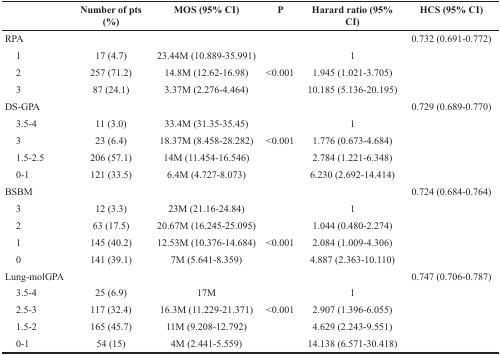
<table><thead><tr><td></td><td><b>Number of pts (%)</b></td><td><b>MOS (95% CI)</b></td><td><b>P</b></td><td><b>Harard ratio (95% CI)</b></td><td><b>HCS (95% CI)</b></td></tr></thead><tbody><tr><td>RPA</td><td></td><td></td><td></td><td></td><td>0.732 (0.691-0.772)</td></tr><tr><td> 1</td><td>17 (4.7)</td><td>23.44M (10.889-35.991)</td><td></td><td>1</td><td></td></tr><tr><td> 2</td><td>257 (71.2)</td><td>14.8M (12.62-16.98)</td><td>&lt;0.001</td><td>1.945 (1.021-3.705)</td><td></td></tr><tr><td> 3</td><td>87 (24.1)</td><td>3.37M (2.276-4.464)</td><td></td><td>10.185 (5.136-20.195)</td><td></td></tr><tr><td>DS-GPA</td><td></td><td></td><td></td><td></td><td>0.729 (0.689-0.770)</td></tr><tr><td> 3.5-4</td><td>11 (3.0)</td><td>33.4M (31.35-35.45)</td><td></td><td>1</td><td></td></tr><tr><td> 3</td><td>23 (6.4)</td><td>18.37M (8.458-28.282)</td><td>&lt;0.001</td><td>1.776 (0.673-4.684)</td><td></td></tr><tr><td> 1.5-2.5</td><td>206 (57.1)</td><td>14M (11.454-16.546)</td><td></td><td>2.784 (1.221-6.348)</td><td></td></tr><tr><td> 0-1</td><td>121 (33.5)</td><td>6.4M (4.727-8.073)</td><td></td><td>6.230 (2.692-14.414)</td><td></td></tr><tr><td>BSBM</td><td></td><td></td><td></td><td></td><td>0.724 (0.684-0.764)</td></tr><tr><td> 3</td><td>12 (3.3)</td><td>23M (21.16-24.84)</td><td></td><td>1</td><td></td></tr><tr><td> 2</td><td>63 (17.5)</td><td>20.67M (16.245-25.095)</td><td></td><td>1.044 (0.480-2.274)</td><td></td></tr><tr><td> 1</td><td>145 (40.2)</td><td>12.53M (10.376-14.684)</td><td>&lt;0.001</td><td>2.084 (1.009-4.306)</td><td></td></tr><tr><td> 0</td><td>141 (39.1)</td><td>7M (5.641-8.359)</td><td></td><td>4.887 (2.363-10.110)</td><td></td></tr><tr><td>Lung-molGPA</td><td></td><td></td><td></td><td></td><td>0.747 (0.706-0.787)</td></tr><tr><td> 3.5-4</td><td>25 (6.9)</td><td>17M</td><td></td><td>1</td><td></td></tr><tr><td> 2.5-3</td><td>117 (32.4)</td><td>16.3M (11.229-21.371)</td><td>&lt;0.001</td><td>2.907 (1.396-6.055)</td><td></td></tr><tr><td> 1.5-2</td><td>165 (45.7)</td><td>11M (9.208-12.792)</td><td></td><td>4.629 (2.243-9.551)</td><td></td></tr><tr><td> 0-1</td><td>54 (15)</td><td>4M (2.441-5.559)</td><td></td><td>14.138 (6.571-30.418)</td><td></td></tr></tbody></table>